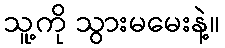
သူ့ကို သွားမမေးနဲ့။